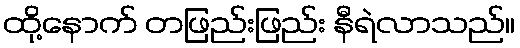
ထို့နောက် တဖြည်းဖြည်း နီရဲလာသည်။